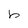
Character: b